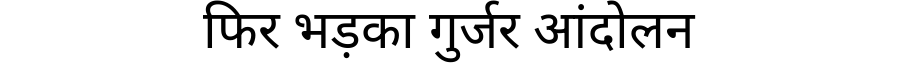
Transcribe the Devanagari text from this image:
फिर भड़का गुर्जर आंदोलन